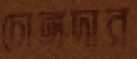
চোঙ্গদার